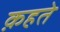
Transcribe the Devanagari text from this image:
क़हते